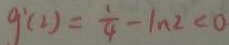
g ^ { \prime } ( 2 ) = \frac { 1 } { 4 } - \ln 2 < 0